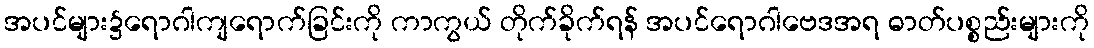
အပင်များ၌ရောဂါကျရောက်ခြင်းကို ကာကွယ် တိုက်ခိုက်ရန် အပင်ရောဂါဗေဒအရ ဓာတ်ပစ္စည်းများကို